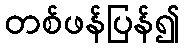
တစ်ဖန်ပြန်၍